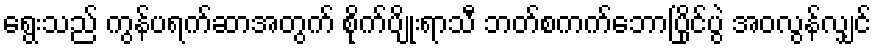
ရွေးသည် ကွန်ပရက်ဆာအတွက် စိုက်ပျိုးရာသီ ဘတ်စကက်ဘောပြိုင်ပွဲ အဝလွန်လျှင်